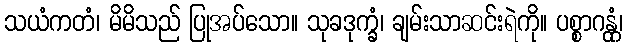
သယံကတံ၊ မိမိသည် ပြုအပ်သော။ သုခဒုက္ခံ၊ ချမ်းသာဆင်းရဲကို။ ပစ္စာဂန္တုံ၊